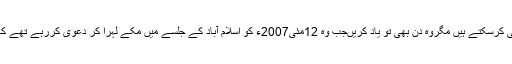
مجھے نہیں لگتا کہ جنرل مشرف اس طرح کی سیاست بھی کرسکتے ہیں مگروہ دن بھی تو یاد کریںجب وہ 12مئی2007ء کو اسلام آباد کے جلسے میں مکے لہرا کر دعویٰ کررہے تھے کہ کراچی میں انہوں نے اپنی طاقت کا کیسا مظاہرہ کیا ہے۔